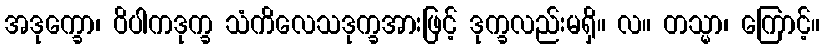
အဒုက္ခော၊ ဝိပါကဒုက္ခ သံကိလေသဒုက္ခအားဖြင့် ဒုက္ခလည်းမရှိ။ လ။ တသ္မာ၊ ကြောင့်။